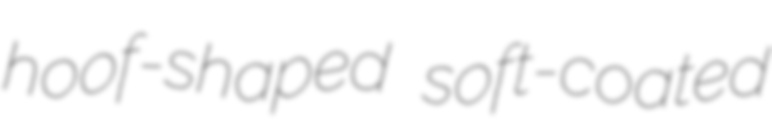
hoof-shaped soft-coated